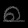
Digit: ၈